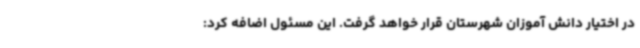
در اختیار دانش آموزان شهرستان قرار خواهد گرفت. این مسئول اضافه کرد: